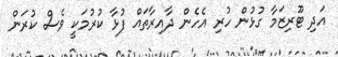
އަދި ޓޫރިޒަމާ ގުޅުން ހުރި އެހެން ދާއިރާތައް ފުޅާ ކުރުމަކީ ވެސް ކުރަން